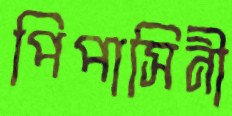
পিপাসিনী